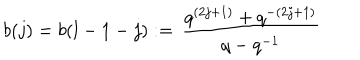
b ( j ) = b ( l - 1 - j ) : = \, \frac { q ^ { ( 2 j + 1 ) } + q ^ { - ( 2 j + 1 ) } } { q - q ^ { - 1 } }